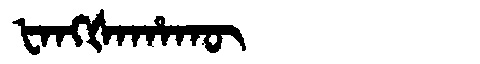
Manchu: ᡶᠠᠩᡧᠠᡥᠠᡴᡡ
Romanization: FANGŠAHAKŪ